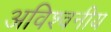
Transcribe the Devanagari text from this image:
अविश्वनीय